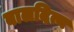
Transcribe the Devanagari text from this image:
बालदित्य